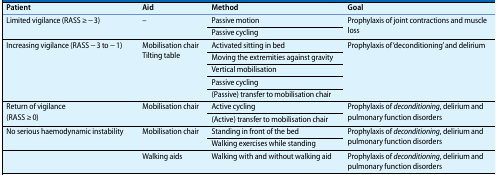
| Patient | Aid | Method | Goal |
 | --- | --- | --- | --- |
 | <ROWSPAN=2> Limited vigilance (RASS ≥ − 3) | <ROWSPAN=2> – | Passive motion | <ROWSPAN=2> Prophylaxis of joint contractions and muscle loss |
 | Passive cycling |
 | <ROWSPAN=5> Increasing vigilance (RASS − 3 to − 1) | <ROWSPAN=5> Mobilisation chairTilting table | Activated sitting in bed | <ROWSPAN=5> Prophylaxis of ‘deconditioning’ and delirium |
 | Moving the extremities against gravity |
 | Vertical mobilisation |
 | Passive cycling |
 | (Passive) transfer to mobilisation chair |
 | <ROWSPAN=2> Return of vigilance(RASS ≥ 0) | <ROWSPAN=2> Mobilisation chair | Active cycling | <ROWSPAN=2> Prophylaxis of deconditioning, delirium and pulmonary function disorders |
 | (Active) transfer to mobilisation chair |
 | <ROWSPAN=2> No serious haemodynamic instability | <ROWSPAN=2> Mobilisation chair | Standing in front of the bed | <ROWSPAN=2> Prophylaxis of deconditioning, delirium and pulmonary function disorders |
 | Walking exercises while standing |
 |  | Walking aids | Walking with and without walking aid | Prophylaxis of deconditioning, delirium and pulmonary function disorders |